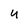
Character: u